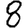
Digit: 8